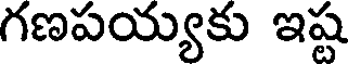
గణపయ్యకు ఇష్ట